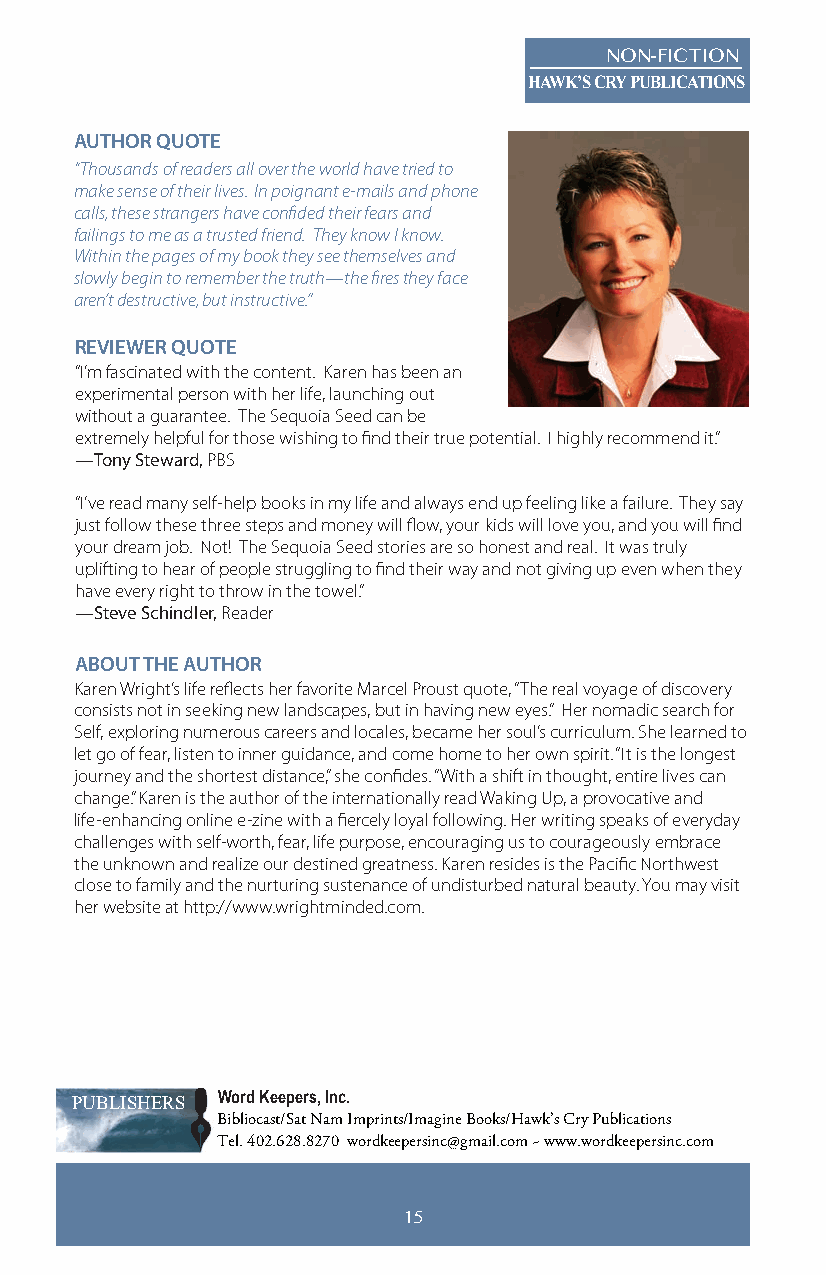
NON-FICTION
 HAWK’S CRY PUBLICATIONS
 AUTHOR QUOTE
 “Thousands of readers all over the world have tried to
 make sense of their lives. In poignant e-mails and phone
 calls, these strangers have confided their fears and
 failings to me as a trusted friend. They know I know.
 Within the pages of my book they see themselves and
 slowly begin to remember the truth—the fires they face
 aren’t destructive, but instructive.”
 REVIEWER QUOTE
 “I’m fascinated with the content. Karen has been an
 experimental person with her life, launching out
 without a guarantee. The Sequoia Seed can be
 extremely helpful for those wishing to find their true potential. I highly recommend it.”
 —Tony Steward, PBS
 “I’ve read many self-help books in my life and always end up feeling like a failure. They say
 just follow these three steps and money will flow, your kids will love you, and you will find
 your dream job. Not! The Sequoia Seed stories are so honest and real. It was truly
 uplifting to hear of people struggling to find their way and not giving up even when they
 have every right to throw in the towel.”
 —Steve Schindler, Reader
 ABOUT THE AUTHOR
 Karen Wright’s life reflects her favorite Marcel Proust quote, “The real voyage of discovery
 consists not in seeking new landscapes, but in having new eyes.” Her nomadic search for
 Self, exploring numerous careers and locales, became her soul’s curriculum. She learned to
 let go of fear, listen to inner guidance, and come home to her own spirit. “It is the longest
 journey and the shortest distance,” she confides. “With a shift in thought, entire lives can
 change.” Karen is the author of the internationally read Waking Up, a provocative and
 life-enhancing online e-zine with a fiercely loyal following. Her writing speaks of everyday
 challenges with self-worth, fear, life purpose, encouraging us to courageously embrace
 the unknown and realize our destined greatness. Karen resides is the Pacific Northwest
 close to family and the nurturing sustenance of undisturbed natural beauty. You may visit
 her website at http://www.wrightminded.com.
 PUBLISHERS Word Keepers, Inc.
 Bibliocast/Sat Nam Imprints/Imagine Books/Hawk’s Cry Publications
 Tel. 402.628.8270 wordkeepersinc@gmail.com ~ www.wordkeepersinc.com
 15